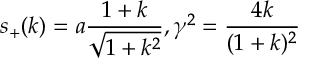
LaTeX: s _ { + } ( k ) = a \frac { 1 + k } { \sqrt { 1 + k ^ { 2 } } } , \gamma ^ { 2 } = \frac { 4 k } { ( 1 + k ) ^ { 2 } }